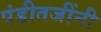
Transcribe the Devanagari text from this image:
पंडीतजींनी